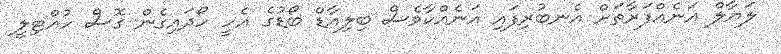
ލަޔާލް އަނެއްފަރާތަށް އެނބުރިފައި އަނެއްކާވެސް ބިލިއާޑް ބޯޑުގެ އެހީ ހޯދައިގެން ގޮސް ހުއްޓިލީ